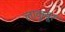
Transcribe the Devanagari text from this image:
लाकुयूर